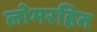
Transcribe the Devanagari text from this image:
लोमरहित